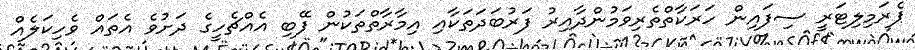
ޕެރަމިލިޓަރީ ސިފައިން ހަރަކާތްތެރިވަމުންދާއިރު ފަރުބަދަތަކާއި އިމާރާތްތަކުން ފޭބި އެއްޗެހީގެ ދަށުވެ އެތައް ވެހިކަލެއް